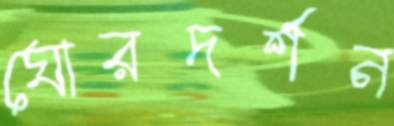
ঘোরদর্শন